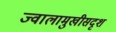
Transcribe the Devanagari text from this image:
ज्वालामुखीसदृश